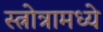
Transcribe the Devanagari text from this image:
स्त्रोत्रामध्ये